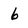
Character: 6